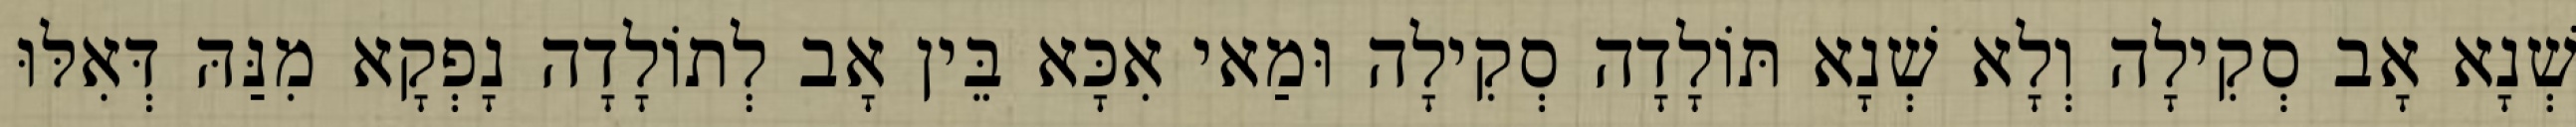
שְׁנָא אָב סְקִילָה וְלָא שְׁנָא תּוֹלָדָה סְקִילָה וּמַאי אִכָּא בֵּין אָב לְתוֹלָדָה נָפְקָא מִנַּהּ דְּאִלּוּ